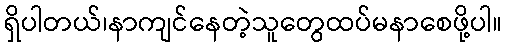
ရှိပါတယ်၊နာကျင်နေတဲ့သူတွေထပ်မနာစေဖို့ပါ။